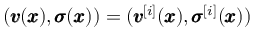
( { \pmb v } ( { \pmb x } ) , { \pmb \sigma } ( { \pmb x } ) ) = ( { \pmb v } ^ { [ i ] } ( { \pmb x } ) , { \pmb \sigma } ^ { [ i ] } ( { \pmb x } ) )